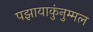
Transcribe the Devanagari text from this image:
पझायाकुंनुम्मल